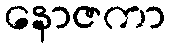
နောဇကာ